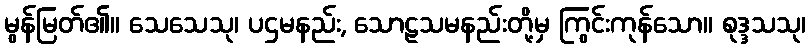
မွန်မြတ်၏။ သေသေသု၊ ပဌမနည်း, သောဠသမနည်းတို့မှ ကြွင်းကုန်သော။ စုဒ္ဒသသု၊